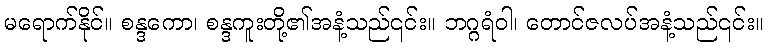
မရောက်နိုင်။ စန္ဒကော၊ စန္ဒကူးတို့၏အနံ့သည်၎င်း။ ဘဂ္ဂရံဝါ၊ တောင်ဇလပ်အနံ့သည်၎င်း။